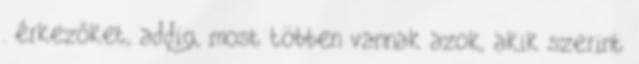
. érkezőket, addig, most többen vannak azok, akik szerint